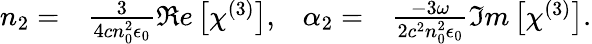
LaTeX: \begin{array}{rlrl}{n_{2}=}&{{}\frac{3}{4cn_{0}^{2}\epsilon_{0}}\Re e\left[\chi^{(3)}\right],}&{\alpha_{2}=}&{{}\frac{-3\omega}{2c^{2}n_{0}^{2}\epsilon_{0}}\Im m\left[\chi^{(3)}\right].}\end{array}